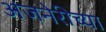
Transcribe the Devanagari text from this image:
अंजनेरीच्या